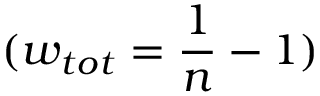
( w _ { t o t } = \frac { 1 } { n } - 1 )